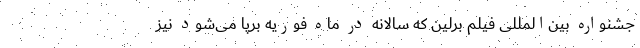
جشنواره بین‌المللی فیلم برلین که سالانه در ماه فوریه برپا می‌شود نیز